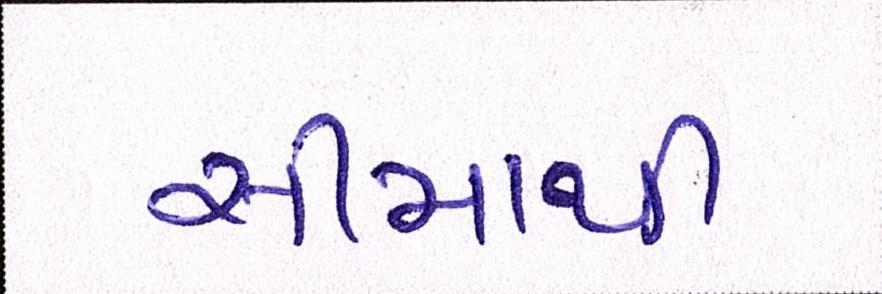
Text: સીમાથી